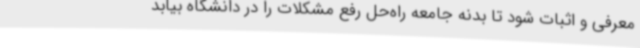
معرفی و اثبات شود تا بدنه جامعه راه‌حل رفع مشکلات را در دانشگاه بیابد